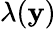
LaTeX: \lambda(\mathbf{y})